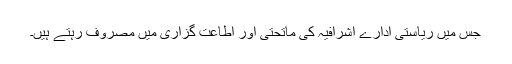
جس میں ریاستی ادارے اشرافیہ کی ماتحتی اور اطاعت گزاری میں مصروف رہتے ہیں۔